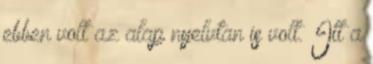
ebben volt az alap nyelvtan is volt. Itt a